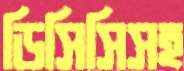
ডিসিসিসহ